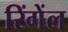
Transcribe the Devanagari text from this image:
रिंगेंल